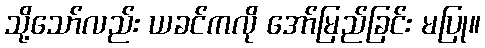
သို့သော်လည်း ယခင်ကလို အော်မြည်ခြင်း မပြု။